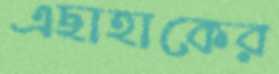
এছাহাকের